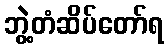
ဘွဲ့တံဆိပ်တော်ရ